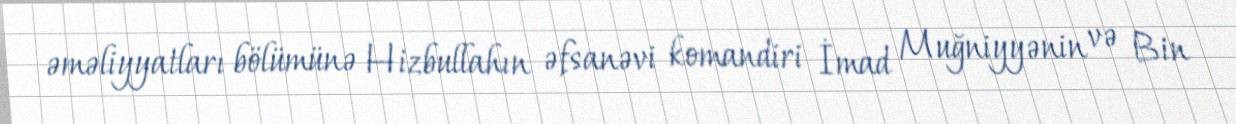
əməliyyatları bölümünə Hizbullahın əfsanəvi komandiri İmad Muğniyyənin və Bin